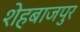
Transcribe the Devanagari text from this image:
शेहबाजपुर